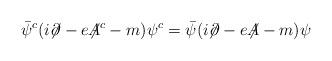
LaTeX: \begin{align*}\bar{\psi}^c(i{\not\!\partial}-e {\not\!\!A}^c -m)\psi^c =\bar{\psi}(i{\not\!\partial}-e{\not\!\!A}-m)\psi\end{align*}